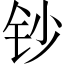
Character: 钞